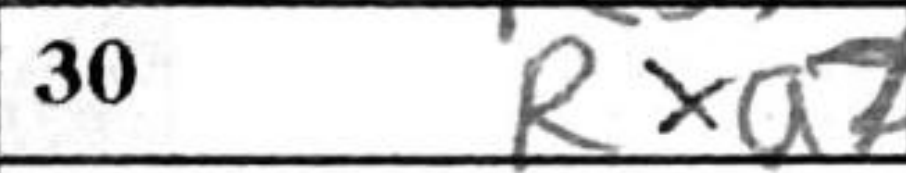
Transcription: Rxa7